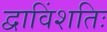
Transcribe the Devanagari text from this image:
द्वाविंशतिः